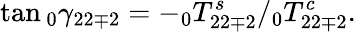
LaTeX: \tan\phantom{}_{0}\gamma_{22\mp 2}=-\phantom{}_{0}T_{22\mp 2}^{s}/\phantom{}_{0}T_{22\mp 2}^{c}.